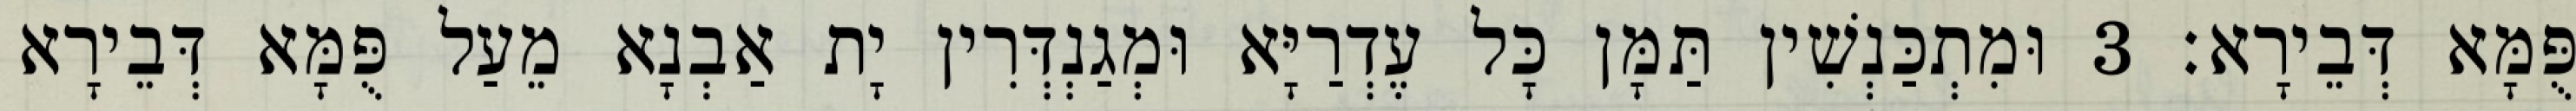
פֻּמָּא דְּבֵירָא׃ 3 וּמִתְכַּנְשִׁין תַּמָּן כָּל עֶדְרַיָּא וּמְגַנְדְּרִין יָת אַבְנָא מֵעַל פֻּמָּא דְּבֵירָא